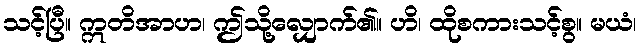
သင့်ပြီ။ ဣတိအာဟ၊ ဤသို့လျှောက်၏။ ဟိ၊ ထိုစကားသင့်စွ။ မယံ၊